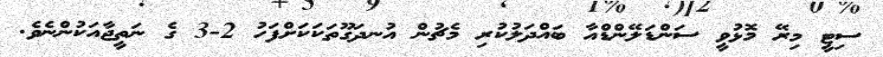
ސިޓީ މިރޭ މޮޅުވީ ސަންޑަލޭންޑްއާ ބައްދަލުކުރި މެޗުން އުނދަގޫތަކަކަށްފަހު 2-3 ގެ ނަތީޖާއަކުންނެވެ.